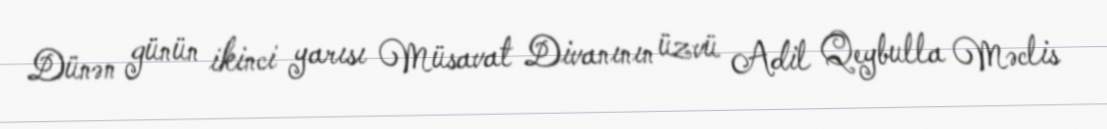
Dünən günün ikinci yarısı Müsavat Divanının üzvü Adil Qeybulla Məclis